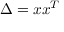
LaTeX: \Delta = x x ^ { T }